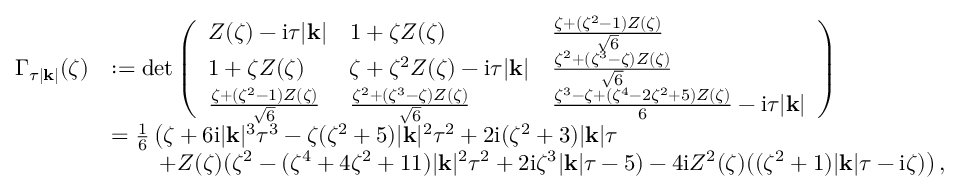
\begin{array} { r l } { \Gamma _ { \tau | \mathbf { k } | } ( \zeta ) } & { : = \operatorname* { d e t } \left( \begin{array} { l l l } { Z ( \zeta ) - \mathrm { i } \tau | \mathbf { k } | } & { 1 + \zeta Z ( \zeta ) } & { \frac { \zeta + ( \zeta ^ { 2 } - 1 ) Z ( \zeta ) } { \sqrt { 6 } } } \\ { 1 + \zeta Z ( \zeta ) } & { \zeta + \zeta ^ { 2 } Z ( \zeta ) - \mathrm { i } \tau | \mathbf { k } | } & { \frac { \zeta ^ { 2 } + ( \zeta ^ { 3 } - \zeta ) Z ( \zeta ) } { \sqrt { 6 } } } \\ { \frac { \zeta + ( \zeta ^ { 2 } - 1 ) Z ( \zeta ) } { \sqrt { 6 } } } & { \frac { \zeta ^ { 2 } + ( \zeta ^ { 3 } - \zeta ) Z ( \zeta ) } { \sqrt { 6 } } } & { \frac { \zeta ^ { 3 } - \zeta + ( \zeta ^ { 4 } - 2 \zeta ^ { 2 } + 5 ) Z ( \zeta ) } { 6 } - \mathrm { i } \tau | \mathbf { k } | } \end{array} \right) } \\ & { = \frac { 1 } { 6 } \left( \zeta + 6 \mathrm { i } | \mathbf { k } | ^ { 3 } \tau ^ { 3 } - \zeta ( \zeta ^ { 2 } + 5 ) | \mathbf { k } | ^ { 2 } \tau ^ { 2 } + 2 \mathrm { i } ( \zeta ^ { 2 } + 3 ) | \mathbf { k } | \tau \right. } \\ & { \qquad \left. + Z ( \zeta ) ( \zeta ^ { 2 } - ( \zeta ^ { 4 } + 4 \zeta ^ { 2 } + 1 1 ) | \mathbf { k } | ^ { 2 } \tau ^ { 2 } + 2 \mathrm { i } \zeta ^ { 3 } | \mathbf { k } | \tau - 5 ) - 4 \mathrm { i } Z ^ { 2 } ( \zeta ) ( ( \zeta ^ { 2 } + 1 ) | \mathbf { k } | \tau - \mathrm { i } \zeta ) \right) , } \end{array}